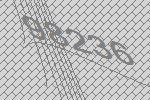
98236